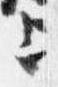
上